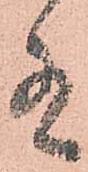
有